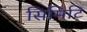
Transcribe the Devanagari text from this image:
सिमिटि